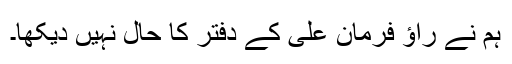
ہم نے راؤ فرمان علی کے دفتر کا حال نہیں دیکھا۔